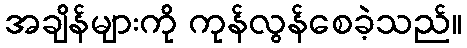
အချိန်များကို ကုန်လွန်စေခဲ့သည်။